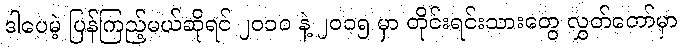
ဒါပေမဲ့ ပြန်ကြည့်မယ်ဆိုရင် ၂၀၁၀ နဲ့ ၂၀၁၅ မှာ တိုင်းရင်းသားတွေ လွှတ်တော်မှာ